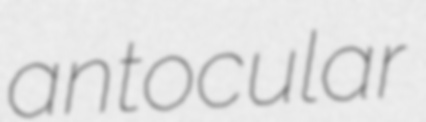
antocular